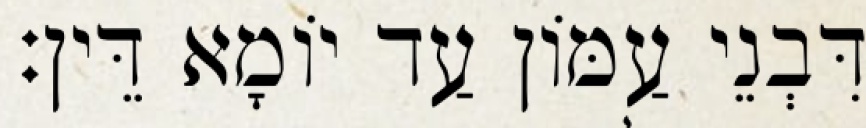
דִּבְנֵי עַמּוֹן עַד יוֹמָא דֵּין׃